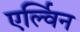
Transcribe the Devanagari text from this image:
एर्ल्विन